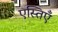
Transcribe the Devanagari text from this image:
एस्तिएँ